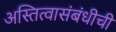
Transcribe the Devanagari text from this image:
अस्तित्वासंबंधीची